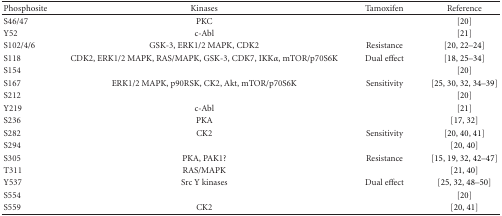
<table><thead><tr><td><b>Phosphosite</b></td><td><b>Kinases</b></td><td><b>Tamoxifen</b></td><td><b>Reference</b></td></tr></thead><tbody><tr><td>S46/47</td><td>PKC</td><td>[EMPTY_CELL]</td><td>[20]</td></tr><tr><td>Y52</td><td>c-Abl</td><td>[EMPTY_CELL]</td><td>[21]</td></tr><tr><td>S102/4/6</td><td>GSK-3, ERK1/2 MAPK, CDK2</td><td>Resistance</td><td>[20, 22–24]</td></tr><tr><td>S118</td><td>CDK2, ERK1/2 MAPK, RAS/MAPK, GSK-3, CDK7, IKK<i>α</i>, mTOR/p70S6K</td><td>Dual effect</td><td>[18, 25–34]</td></tr><tr><td>S154</td><td>[EMPTY_CELL]</td><td>[EMPTY_CELL]</td><td>[20]</td></tr><tr><td>S167</td><td>ERK1/2 MAPK, p90RSK, CK2, Akt, mTOR/p70S6K</td><td>Sensitivity</td><td>[25, 30, 32, 34–39]</td></tr><tr><td>S212</td><td>[EMPTY_CELL]</td><td>[EMPTY_CELL]</td><td>[20]</td></tr><tr><td>Y219</td><td>c-Abl</td><td>[EMPTY_CELL]</td><td>[21]</td></tr><tr><td>S236</td><td>PKA</td><td>[EMPTY_CELL]</td><td>[17, 32]</td></tr><tr><td>S282</td><td>CK2</td><td>Sensitivity</td><td>[20, 40, 41]</td></tr><tr><td>S294</td><td>[EMPTY_CELL]</td><td>[EMPTY_CELL]</td><td>[20, 40]</td></tr><tr><td>S305</td><td>PKA, PAK1?</td><td>Resistance</td><td>[15, 19, 32, 42–47]</td></tr><tr><td>T311</td><td>RAS/MAPK</td><td>[EMPTY_CELL]</td><td>[21, 40]</td></tr><tr><td>Y537</td><td>Src Y kinases</td><td>Dual effect</td><td>[25, 32, 48–50]</td></tr><tr><td>S554</td><td>[EMPTY_CELL]</td><td>[EMPTY_CELL]</td><td>[20]</td></tr><tr><td>S559</td><td>CK2</td><td>[EMPTY_CELL]</td><td>[20, 41]</td></tr></tbody></table>